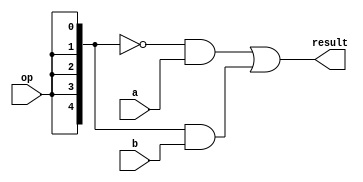
module Mux5Bit2To1(a, b, op, result);
  input [4:0] a, b;
  input op;
  output [4:0] result;

  // Duplicate the op bit 5 times and use it as the mask.
  assign result = ~{5{op}} & a | {5{op}} & b;
endmodule